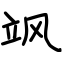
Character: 飒